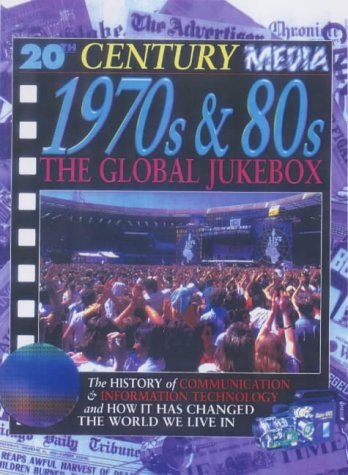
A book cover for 1970s and 80s the Global Juke Box (20th Century Media); Steve Parker; Children's Books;